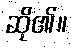
ဆို၏။